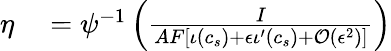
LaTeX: \begin{array}{rl}{\eta}&{{}=\psi^{-1}\left(\frac{I}{AF\left[\iota(c_{s})+\epsilon\iota^{\prime}(c_{s})+\mathcal{O}(\epsilon^{2})\right]}\right)}\end{array}